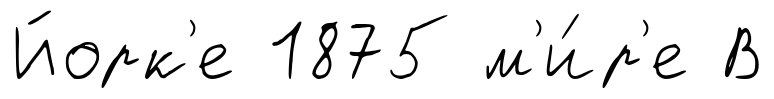
Йорк'е 1875 м'и́р'е В